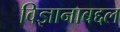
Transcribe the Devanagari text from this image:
विज्ञानाबद्दल